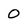
Character: 0